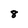
Character: 8